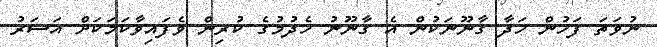
ނުވަތަ ފަހުން ހަދާ ގާނޫނަކުން އެ ގާނޫނު ހެދުމުގެ ކުރިން ވެފައިވާކަމަކަށް އަސަރު